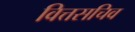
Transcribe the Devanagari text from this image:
वित्तसचिव